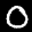
Label: 0